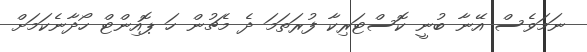
ނަމަވެސް އޭނާ ބުނީ ކޮސްޓަރިކާ ފުރަތަމަ ދެ މެޗުން ހަ ޕޮއިންޓް ހޯދާނެކަމަށް